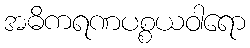
အဓိကရဏပစ္စယဝါရော